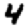
Digit: 4